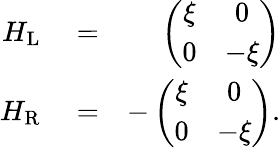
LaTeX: \begin{array}{rlr}{H_{\mathrm{L}}}&{{}=}&{\left(\begin{array}{cc}{\xi}&{0}\\ {0}&{-\xi}\end{array}\right)}\\ {H_{\mathrm{R}}}&{{}=}&{-\left(\begin{array}{cc}{\xi}&{0}\\ {0}&{-\xi}\end{array}\right).}\end{array}